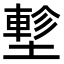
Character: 𡑁